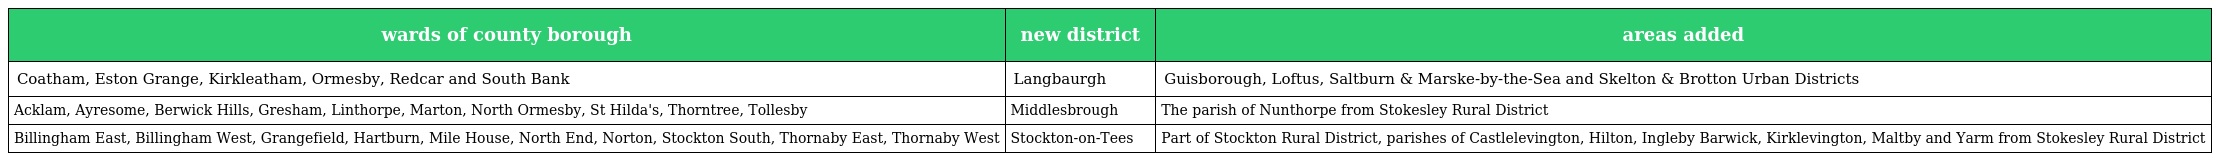
| wards of county borough | new district | areas added |
 | --- | --- | --- |
 | Coatham, Eston Grange, Kirkleatham, Ormesby, Redcar and South Bank | Langbaurgh | Guisborough, Loftus, Saltburn & Marske-by-the-Sea and Skelton & Brotton Urban Districts |
 | Acklam, Ayresome, Berwick Hills, Gresham, Linthorpe, Marton, North Ormesby, St Hilda's, Thorntree, Tollesby | Middlesbrough | The parish of Nunthorpe from Stokesley Rural District |
 | Billingham East, Billingham West, Grangefield, Hartburn, Mile House, North End, Norton, Stockton South, Thornaby East, Thornaby West | Stockton-on-Tees | Part of Stockton Rural District, parishes of Castlelevington, Hilton, Ingleby Barwick, Kirklevington, Maltby and Yarm from Stokesley Rural District |